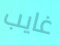
غايب